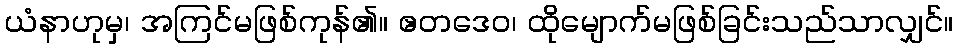
ယံနာဟုမှ၊ အကြင်မဖြစ်ကုန်၏။ ဧတဒေဝ၊ ထိုမျောက်မဖြစ်ခြင်းသည်သာလျှင်။